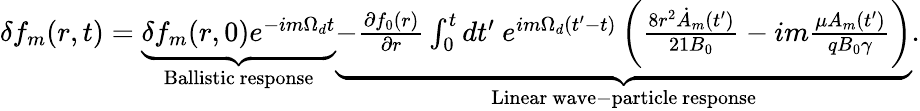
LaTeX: \begin{array}{r}{\delta f_{m}(r,t)=\underbrace{\delta f_{m}(r,0)e^{-im\Omega_{d}t}}_{\mathrm{Ballistic~response}}\underbrace{-\frac{\partial f_{0}(r)}{\partial r}\int_{0}^{t}dt^{\prime}\ e^{im\Omega_{d}(t^{\prime}-t)}\left(\frac{8r^{2}\dot{A}_{m}(t^{\prime})}{21B_{0}}-im\frac{\mu A_{m}(t^{\prime})}{qB_{0}\gamma}\right)}_{\mathrm{Linear~wave-particle~response}}.}\end{array}